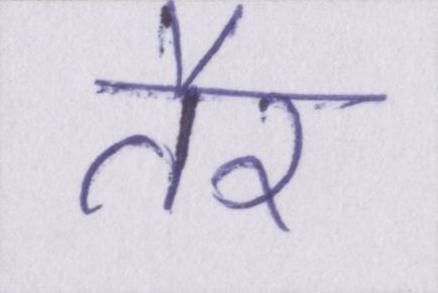
तैर